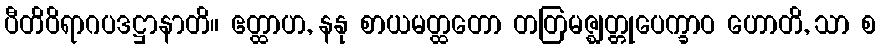
ပီတိဝိရာဂပဒဋ္ဌာနာတိ။ ဧတ္ထာဟ, နနု စာယမတ္ထတော တတြမဇ္ဈတ္တုပေက္ခာဝ ဟောတိ, သာ စ